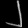
Digit: ၂